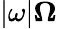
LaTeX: |\omega|\le\Omega